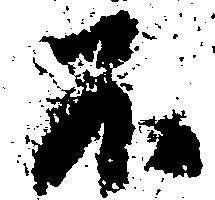
不